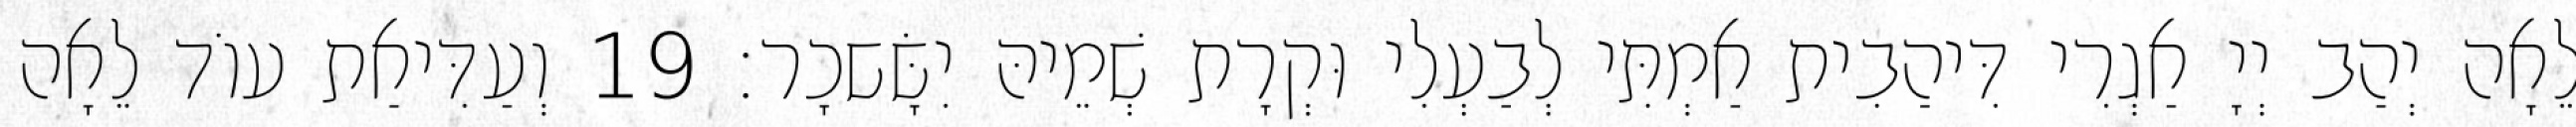
לֵאָה יְהַב יְיָ אַגְרִי דִּיהַבִית אַמְתִּי לְבַעְלִי וּקְרָת שְׁמֵיהּ יִשָּׂשכָר׃ 19 וְעַדִּיאַת עוֹד לֵאָה